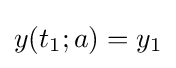
y(t_{1};a)=y_{1}